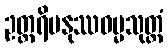
ဥတ္တရိမနုဿဓမ္မသုတ္တံ